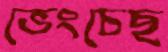
ভেংচেছ